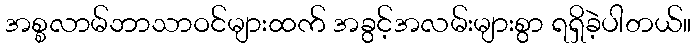
အစ္စလာမ်ဘာသာဝင်များထက် အခွင့်အလမ်းများစွာ ရရှိခဲ့ပါတယ်။